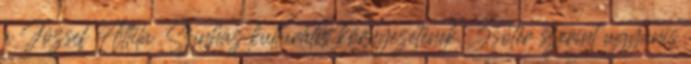
a József Attila Színház kulturális környezetének. Zsótér szerint ugyanis